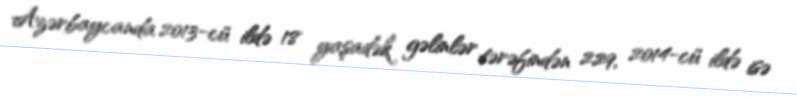
Azərbaycanda 2013-cü ildə 18 yaşadək gəlinlər tərəfindən 229, 2014-cü ildə isə